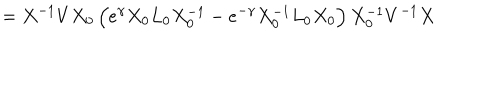
= X ^ { - 1 } V X _ { 0 } \, \Big ( e ^ { \gamma } X _ { 0 } L _ { 0 } X _ { 0 } ^ { - 1 } - e ^ { - \gamma } X _ { 0 } ^ { - 1 } L _ { 0 } X _ { 0 } \Big ) \, X _ { 0 } ^ { - 1 } V ^ { - 1 } X